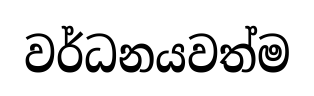
වර්ධනයවත්ම